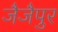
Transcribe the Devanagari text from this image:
जैजैपुर